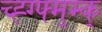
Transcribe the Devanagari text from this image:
च्ह्ग्फ्म्म्क्